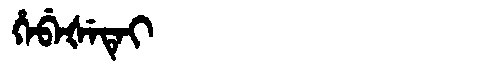
Manchu: ᡥᡝᠪᡝᡧᡝᡨᡝᡳ
Romanization: HEBEŠETEI